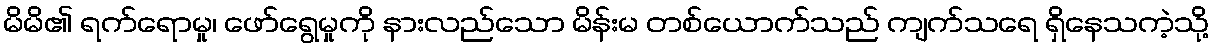
မိမိ၏ ရက်ရောမှု၊ ဖော်ရွေမှုကို နားလည်သော မိန်းမ တစ်ယောက်သည် ကျက်သရေ ရှိနေသကဲ့သို့